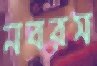
নবরস